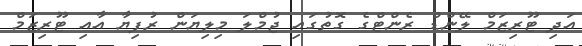
އަދި ޓޫރިޒަމް ލޭންޑް ރެންޓްގެ ގޮތުގައި ޖުމްލަ މިލިޔަން ރުފިޔާ އާއި ޓޫރިޒަމް